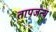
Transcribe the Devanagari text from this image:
तापजन्य